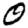
Digit: 0